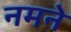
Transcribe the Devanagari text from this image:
नमने